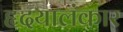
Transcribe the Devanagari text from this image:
हृदयालंकार